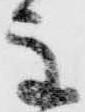
主